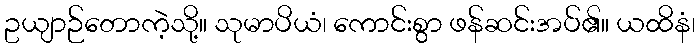
ဥယျာဉ်တောကဲ့သို့။ သုမာပိယံ၊ ကောင်းစွာ ဖန်ဆင်းအပ်၏။ ယထိနံ၊